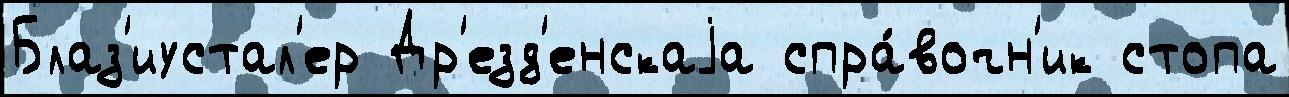
Блаз'иустал'ер Др'езд'енскаjа спра́вочн'ик стопа